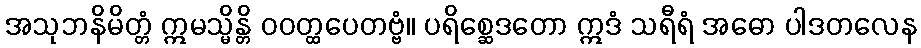
အသုဘနိမိတ္တံ ဣမသ္မိန္တိ ဝဝတ္ထပေတဗ္ဗံ။ ပရိစ္ဆေဒတော ဣဒံ သရီရံ အဓော ပါဒတလေန